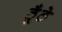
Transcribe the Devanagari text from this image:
ठूँठे